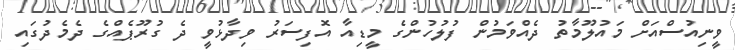
ވީނިއުސްއަށް މައުލޫމާތު ދެއްވަމުން ފުލުހުންގެ މީޑިއާ އޮފިސަރު ވިދާޅުވީ ދެ ގުރޫޕެއްގެ ދެމެދުގައި